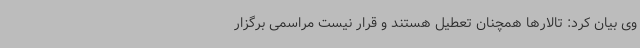
وی بیان کرد: تالارها همچنان تعطیل هستند و قرار نیست مراسمی برگزار